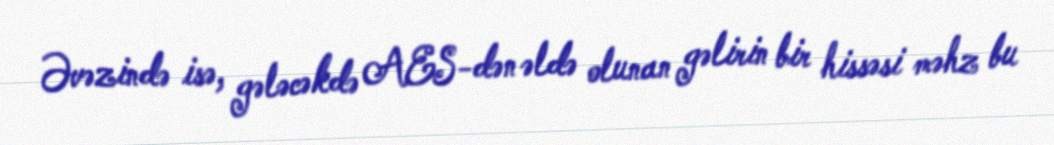
Əvəzində isə, gələcəkdə AES-dən əldə olunan gəlirin bir hissəsi məhz bu